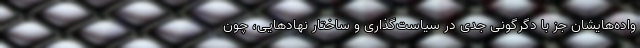
واده‌ها‌یشان جز با دگرگونی جدی در سیاست‌گذاری و ساختار نهادهایی، چون